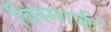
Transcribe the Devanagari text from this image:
विस्मार्क